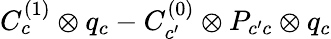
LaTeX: C_{c}^{(1)}\otimes q_{c}-C_{c^{\prime}}^{(0)}\otimes P_{c^{\prime}c}\otimes q_{c}